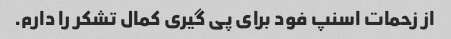
از زحمات اسنپ فود برای پی گیری کمال تشکر را دارم.